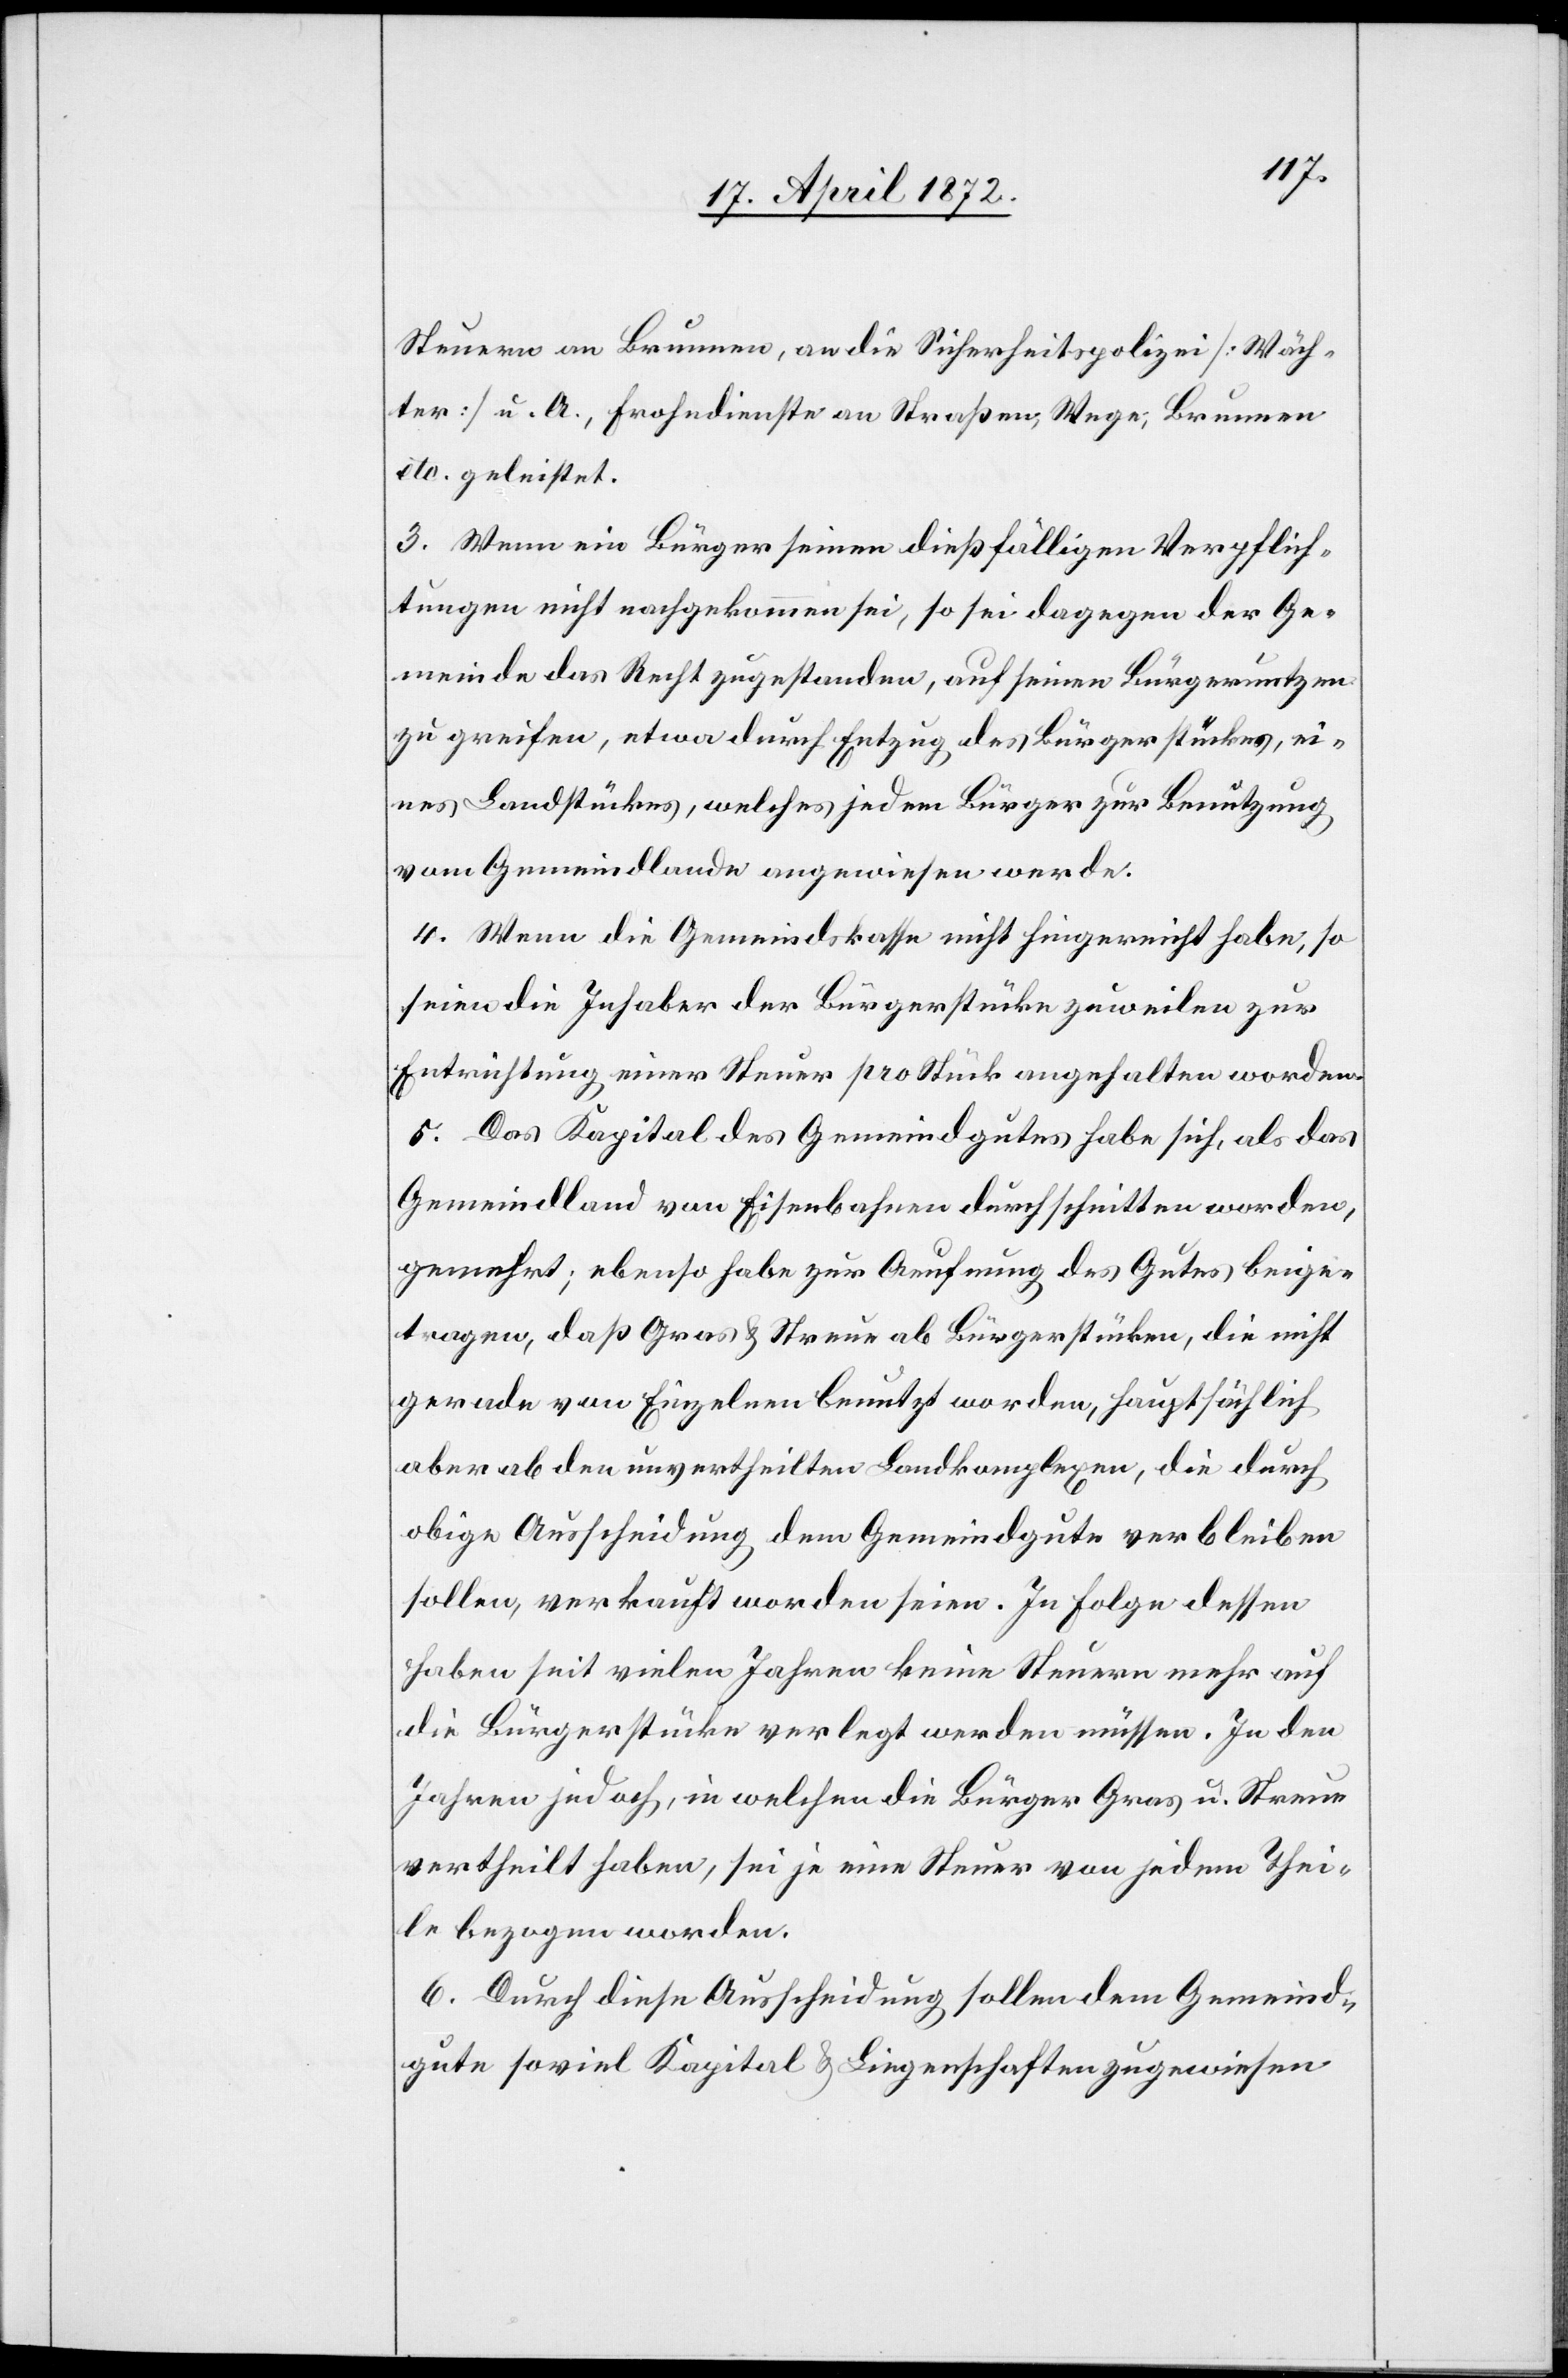
Steuern an Brunnen, an die Sicherheitspolizei [Wäch¬
ter] u. A., Frohndienste an Straßen, Wege, Brunnen
etc. geleistet.
3. Wenn ein Bürger seinen dießfälligen Verpflich¬
tungen nicht nachgekommen sei, so sei dagegen der Ge¬
meinde das Recht zugestanden, auf seinen Bürgernutzen
zu greifen, etwa durch Entzug des Bürgerstückes, ei¬
nes Landstückes, welches jedem Bürger zur Benutzung
vom Gemeindlande angewiesen werde.
4. Wenn die Gemeindskasse nicht hingereicht habe, so
seien die Inhaber der Bürgerstücke zuweilen zur
Entrichtung einer Steuer pro Stück angehalten worden.
5. Das Kapital des Gemeindgutes habe sich, als das
Gemeindland von Eisenbahnen durchschnitten worden,
gemehrt; ebenso habe zur Aeufnung des Gutes beige¬
tragen, daß Gras u. Streue ab Bürgerstücken, die nicht
gerade von Einzelnen benutzt worden, hauptsächlich
aber ab den unvertheilten Landkomplexen, die durch
obige Ausscheidung dem Gemeindgute verbleiben
sollen, verkauft worden seien. In Folge dessen
haben seit vielen Jahren keine Steuern mehr auf
die Bürgerstücke verlegt werden müssen. In den
Jahren jedoch, in welchen die Bürger Gras u. Streue
vertheilt haben, sei je eine Steuer von jedem Thei¬
le bezogen worden.
6. Durch diese Ausscheidung sollen dem Gemeind¬
gute soviel Kapital u. Liegenschaften zugewiesen